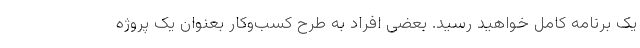
یک برنامه کامل خواهید رسید. بعضی افراد به طرح کسب‌وکار بعنوان یک پروژه